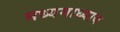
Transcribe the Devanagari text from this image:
मध्यमाध्याय